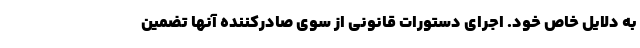
به دلایل خاص خود. اجرای دستورات قانونی از سوی صادرکننده آنها تضمین